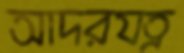
আদরযত্ন